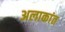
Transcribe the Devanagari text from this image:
अलाकांत